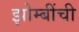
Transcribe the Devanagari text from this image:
झोम्बींची